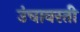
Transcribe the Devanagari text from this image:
उंचावरती